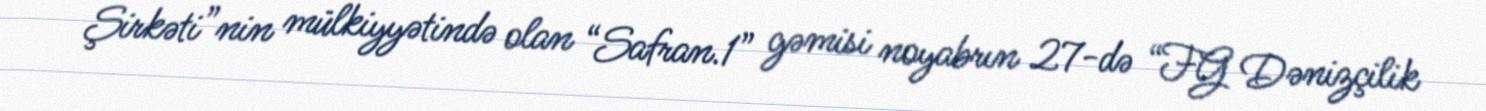
Şirkəti”nin mülkiyyətində olan “Safran.1” gəmisi noyabrın 27-də “FG Dənizçilik